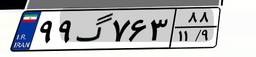
۹۹گ۷۶۳۸۸